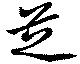
芝